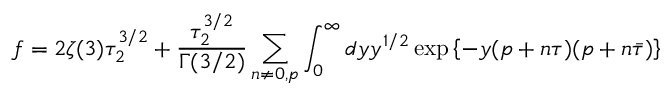
f = 2 \zeta ( 3 ) \tau _ { 2 } ^ { 3 / 2 } + { \frac { \tau _ { 2 } ^ { 3 / 2 } } { \Gamma ( 3 / 2 ) } } \sum _ { n \neq 0 , p } \int _ { 0 } ^ { \infty } d y y ^ { 1 / 2 } \exp \left\{ - y ( p + n \tau ) ( p + n \bar { \tau } ) \right\}